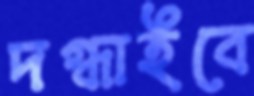
দগ্ধাইবে